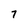
Character: 7